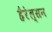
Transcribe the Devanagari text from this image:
हैरेल्सन